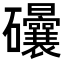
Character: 𥘀